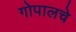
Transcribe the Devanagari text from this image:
गोपालचे